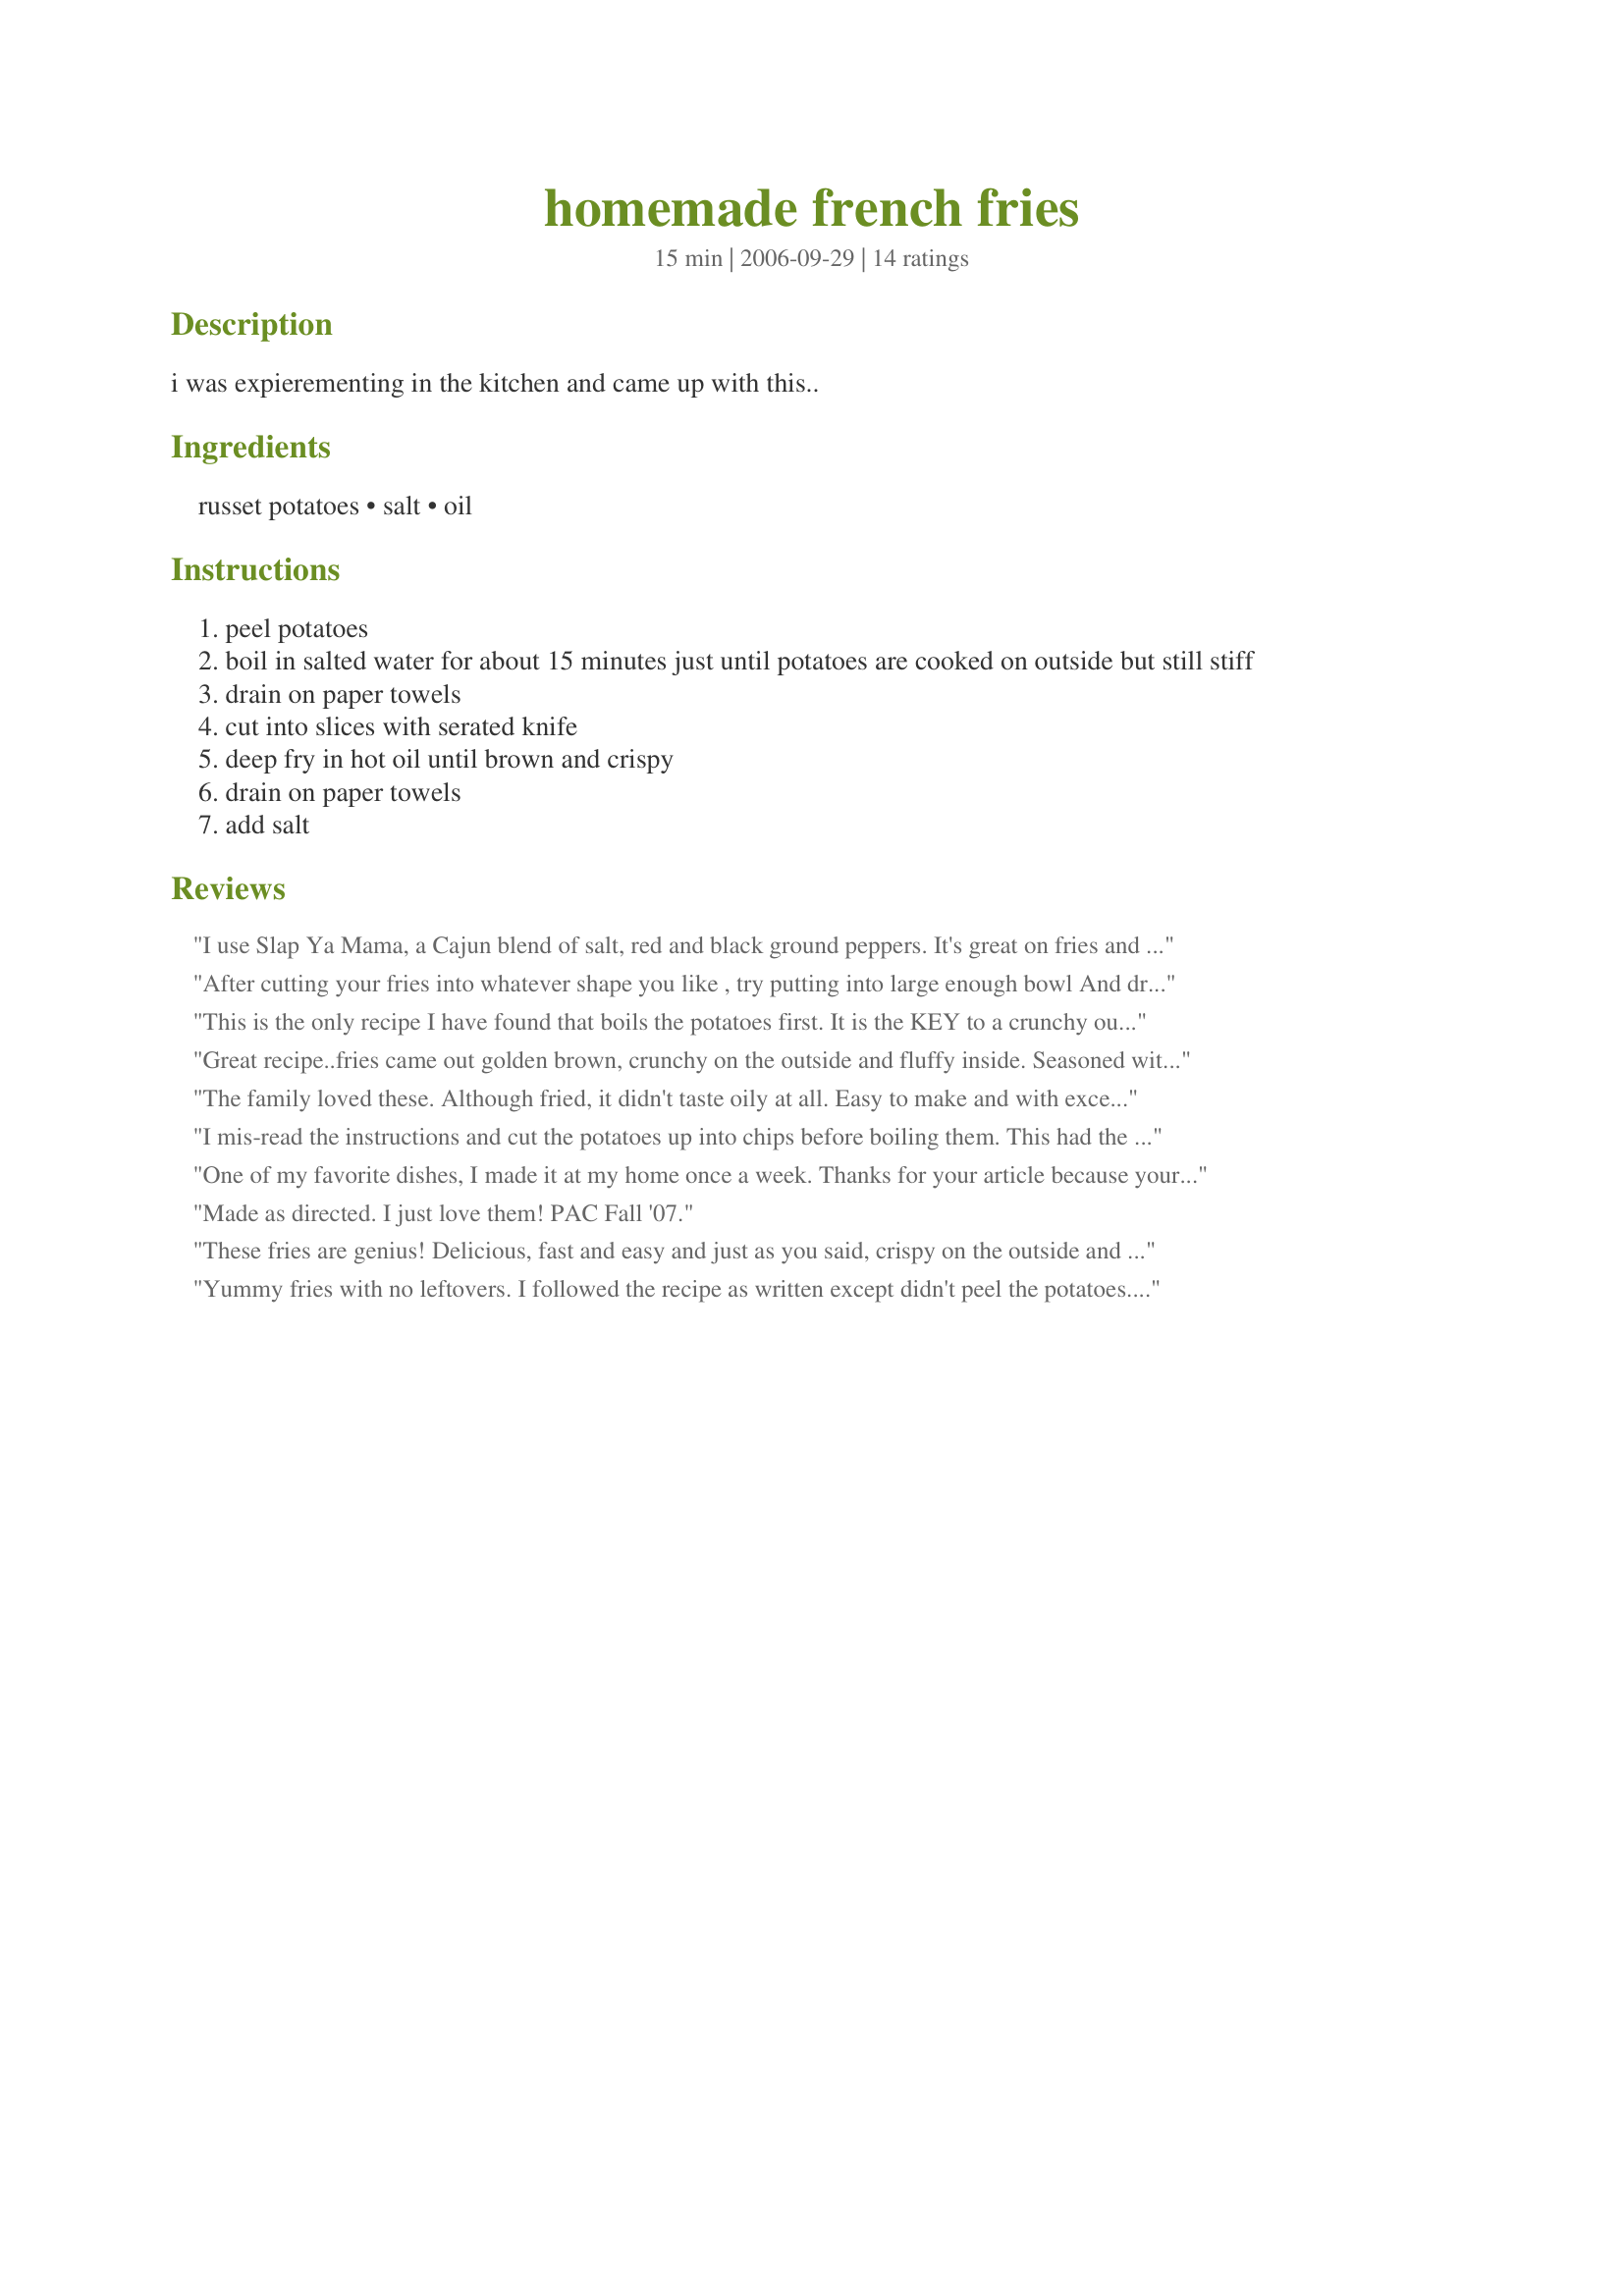
homemade french fries
Preparation time: 15 minutes

i was expierementing in the kitchen and came up with this..

Ingredients:
russet potatoes, salt, oil

Steps:
peel potatoes
boil in salted water for about 15 minutes just until potatoes are cooked on outside but still stiff
drain on paper towels
cut into slices with serated knife
deep fry in hot oil until brown and crispy
drain on paper towels
add salt

Reviews:
I use Slap Ya Mama, a Cajun blend of salt, red and black ground peppers. It's great on fries and most everything else!!
After cutting your fries into whatever shape you like , try putting into large enough bowl And drizzling with canola, mixing them up and then sprinkling enough McCormack's grill seasoning all over and mix again . Get your bake sheet and place a piece of baker's parchment on it then spread the fries and bake st about 425 for about 35 to 40 minutes.. check at about 10 to 15 minutes and turn and rotate the pan. It depends if you like match sticks or steak or regular size how long they take so bake time will vary.
This is the only recipe I have found that boils the potatoes first. It is the KEY to a crunchy outside and fluffy (not soggy) inside for the fries. This recipe gets an A+ for breaking the key to homemade fries!
Great recipe..fries came out golden brown, crunchy on the outside and fluffy inside. Seasoned with Cajun seasoning and dipped in siraxha mayo. Thanks for the recipe. Will definitely use this one again, and again and again...
The family loved these. Although fried, it didn't taste oily at all. Easy to make and with excellent results. It took longer than expected for fries to brown and crisp up, but worth the while nonetheless! (Remember to use/pick potatoes of similar size so that they cook evenly while boiling.) Thanks for posting!
I mis-read the instructions and cut the potatoes up into chips before boiling them. This had the added advantage of being able to snack on the salted boiled chips while the first batch were frying, and they came out delicious!
One of my favorite dishes, I made it at my home once a week. Thanks for your article because your step by step explanation impress me.thank you so much for share this great dish.
Made as directed. I just love them! PAC Fall '07.
These fries are genius! Delicious, fast and easy and just as you said, crispy on the outside and soft inside. Thank You! Keeper recipe.
Yummy fries with no leftovers. I followed the recipe as written except didn't peel the potatoes. We all reallyenjoyed these fries, thank you larak
hey you guys i checked this recipie out it was sick, i loves it so much so tasty arpart from that i made gooey lemonade, hope to hear from you guys soon, come to mine sat at 4.00 loads of lov look forward to seeying you at mine in the hot tubh bring the chips dont forget your trunks;))))
You need a crinkle cutter to make crinkle cut french fries. If you can't find one locally, you can get one on Amazon.com.
Use microwave chip maker! Family loves it and healthy treat for dogs??��
What a great way to cook fries! I misread the directions and sliced them into thick strips before boiling them. I accidentally boiled them a little too long and they got too soft so I put them in the freezer for about an hour until they were frozen. They turned out soft and delicious on the inside and crispy and crunchy on the outside. Thanks for my new preferred method of making homemade french fries!
